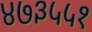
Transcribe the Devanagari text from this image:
४७३५५१